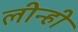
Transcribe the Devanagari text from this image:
लीन्‍ही